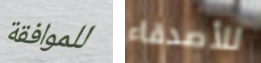
للموافقة للأصدقاء